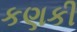
કણકી